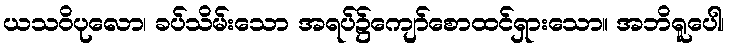
ယသဝိပုလော၊ ခပ်သိမ်းသော အရပ်၌ကျော်စောထင်ရှားသော။ အဘိရူပေါ၊